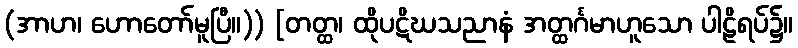
(အာဟ၊ ဟောတော်မူပြီ။)) [တတ္ထ၊ ထိုပဋိဃသညာနံ အတ္ထင်္ဂမာဟူသော ပါဠိရပ်၌။